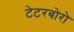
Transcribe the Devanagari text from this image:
टेटरबोरो